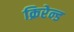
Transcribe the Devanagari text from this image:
क्रिरेन्ड